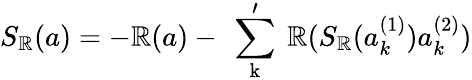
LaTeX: S_{\mathbb{R}}(a)=-\mathbb{R}(a)-\mathrm{{~\sum_{k}^{\prime}~}}\mathbb{R}(S_{\mathbb{R}}(a_{k}^{(1)})a_{k}^{(2)})